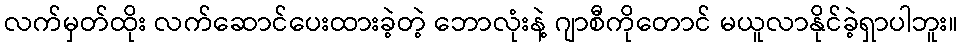
လက်မှတ်ထိုး လက်ဆောင်ပေးထားခဲ့တဲ့ ဘောလုံးနဲ့ ဂျာစီကိုတောင် မယူလာနိုင်ခဲ့ရှာပါဘူး။